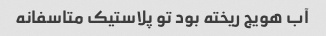
آب هویج ریخته بود تو پلاستیک متاسفانه